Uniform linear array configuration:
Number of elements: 64
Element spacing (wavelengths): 0.5
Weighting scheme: kaiser
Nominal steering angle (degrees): -45
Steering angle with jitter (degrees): -43.489
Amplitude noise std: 0.05
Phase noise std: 0.05

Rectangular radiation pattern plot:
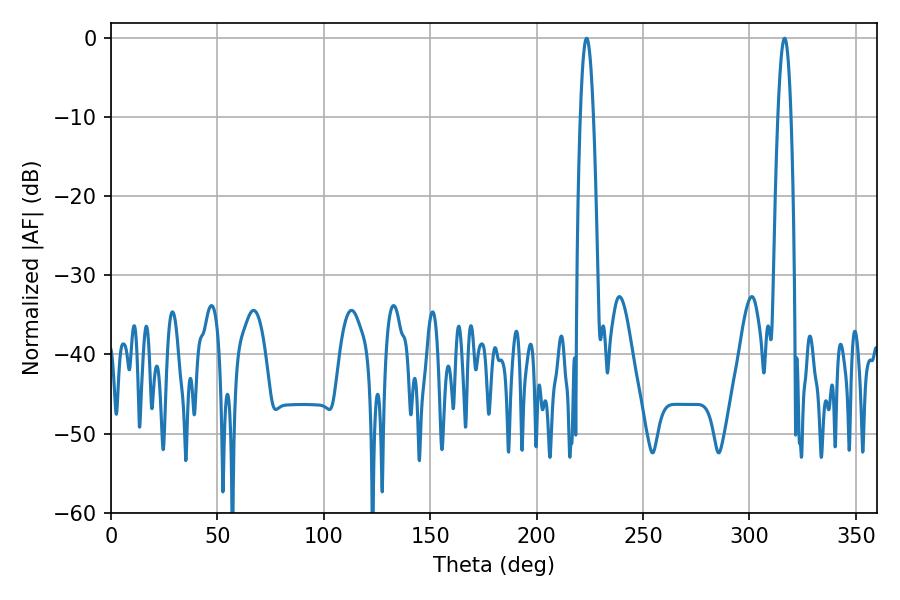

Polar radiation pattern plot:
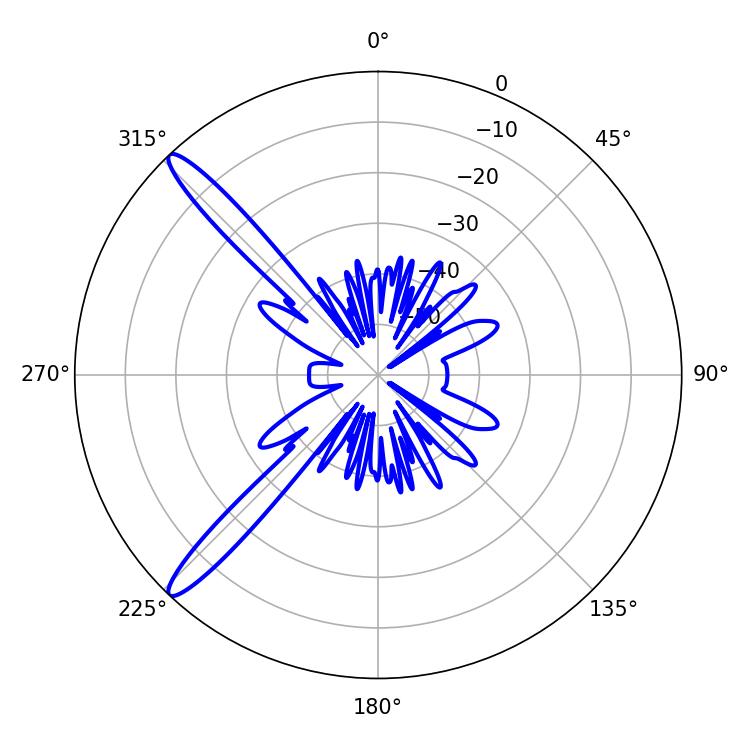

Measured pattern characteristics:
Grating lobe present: FALSE
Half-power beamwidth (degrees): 3.42
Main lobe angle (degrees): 223.56